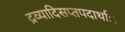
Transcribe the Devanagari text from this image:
द्रव्यादिसप्तपदार्थाः।